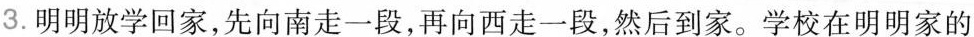
3.明明放学回家，先向南走一段，再向西走一段，然后到家。学校在明明家的